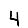
Digit: 4